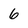
Character: 6